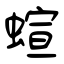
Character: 蝖